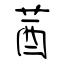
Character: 莤